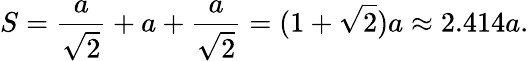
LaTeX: S={\frac{a}{\sqrt{2}}}+a+{\frac{a}{\sqrt{2}}}=(1+{\sqrt{2}})a\approx 2.414a.